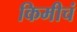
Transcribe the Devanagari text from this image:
किमीचं